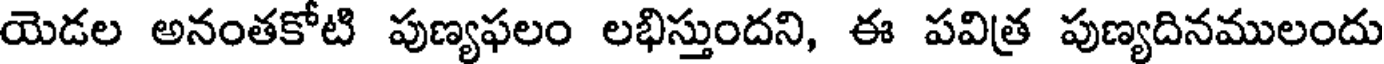
యెడల అనంతకోటి పుణ్యఫలం లభిస్తుందని, ఈ పవిత్ర పుణ్యదినములందు